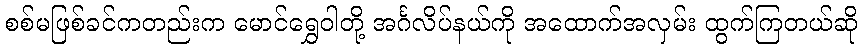
စစ်မဖြစ်ခင်ကတည်းက မောင်ရွှေဝါတို့ အင်္ဂလိပ်နယ်ကို အထောက်အလှမ်း ထွက်ကြတယ်ဆို